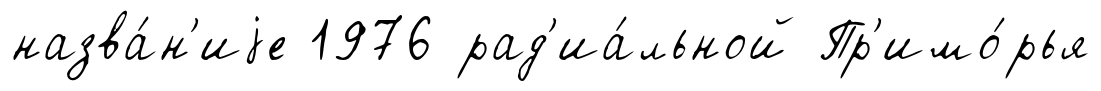
назва́н'иjе 1976 рад'иа́льной Пр'имо́рья